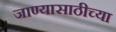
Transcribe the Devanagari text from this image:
जाण्यासाठीच्या